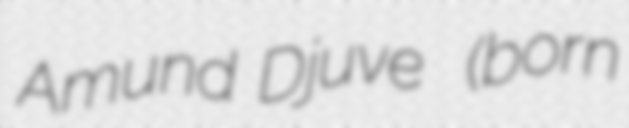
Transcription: Amund Djuve  (born